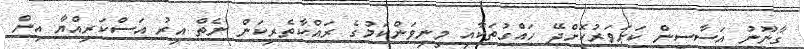
ގާނޫނު އަސާސީން ކަށަވަރުކޮށްދޭ ހައްގުތަކާއި މިނިވަންކަމުގެ ރައްކާތެރިކަން ނެތް އިރު އަސްކަރިއްޔާ އިން